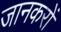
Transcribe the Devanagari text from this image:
जानकरों